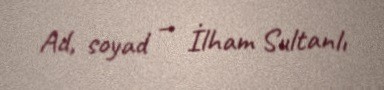
Ad, soyad — İlham Sultanlı